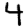
Digit: 4